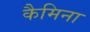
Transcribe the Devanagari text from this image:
कैमिना